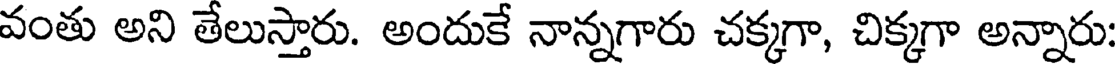
వంతు అని తేలుస్తారు. అందుకే నాన్నగారు చక్కగా, చిక్కగా అన్నారు